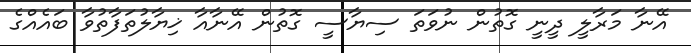
އޭނާ މަރާލީ ދީނީ ގޮތުން ނުވަތަ ސިޔާސީ ގޮތުން އޭނާއާ ޚިޔާލުތަފާތުވާ ބައެއްގެ